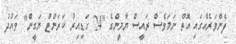
ފެންވަރެއްގައި އޮތް ނަމަވެސް ރައީސް ޔާމީންގެ "24 ގަޑިއިރު ކަރަންޓް ޔަގީން" ވައުދު